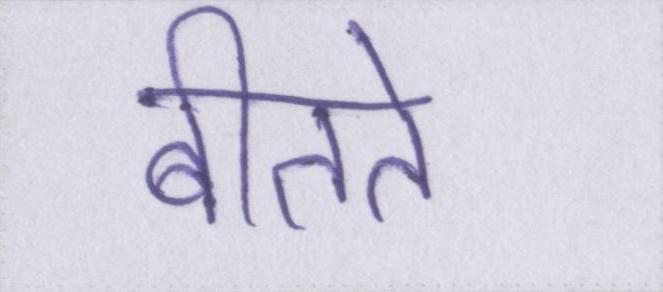
बीतते